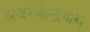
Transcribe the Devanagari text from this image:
ब्रजरबीन्द्रनाथ